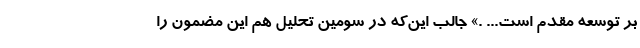
بر توسعه مقدم است... .» جالب این‌که در سومین تحلیل هم این مضمون را